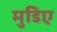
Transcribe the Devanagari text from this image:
मुडिए